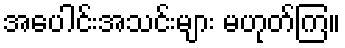
အပေါင်းအသင်းများ မဟုတ်ကြ။